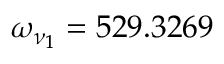
\omega _ { \nu _ { 1 } } = 5 2 9 . 3 2 6 9